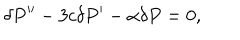
LaTeX: \delta P ^ { \prime \prime } - 3 c \delta P ^ { \prime } - \alpha \delta P = 0 ,